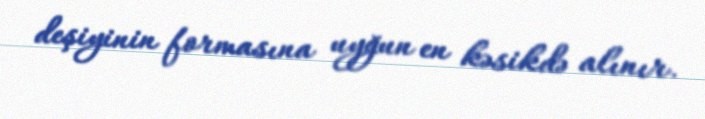
deşiyinin formasına uyğun en kəsikdə alınır.